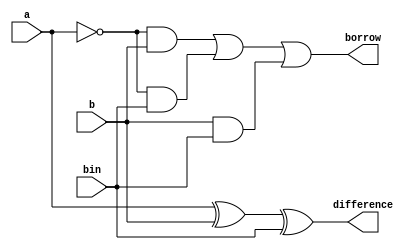
`timescale 1ns / 1ps
module fullsub( a,b,bin,difference,borrow);
input a,b,bin;
output difference,borrow;
assign difference  = a^b^bin;
assign borrow = ((~a)&b)|((~a)&bin)|b&bin;
endmodule